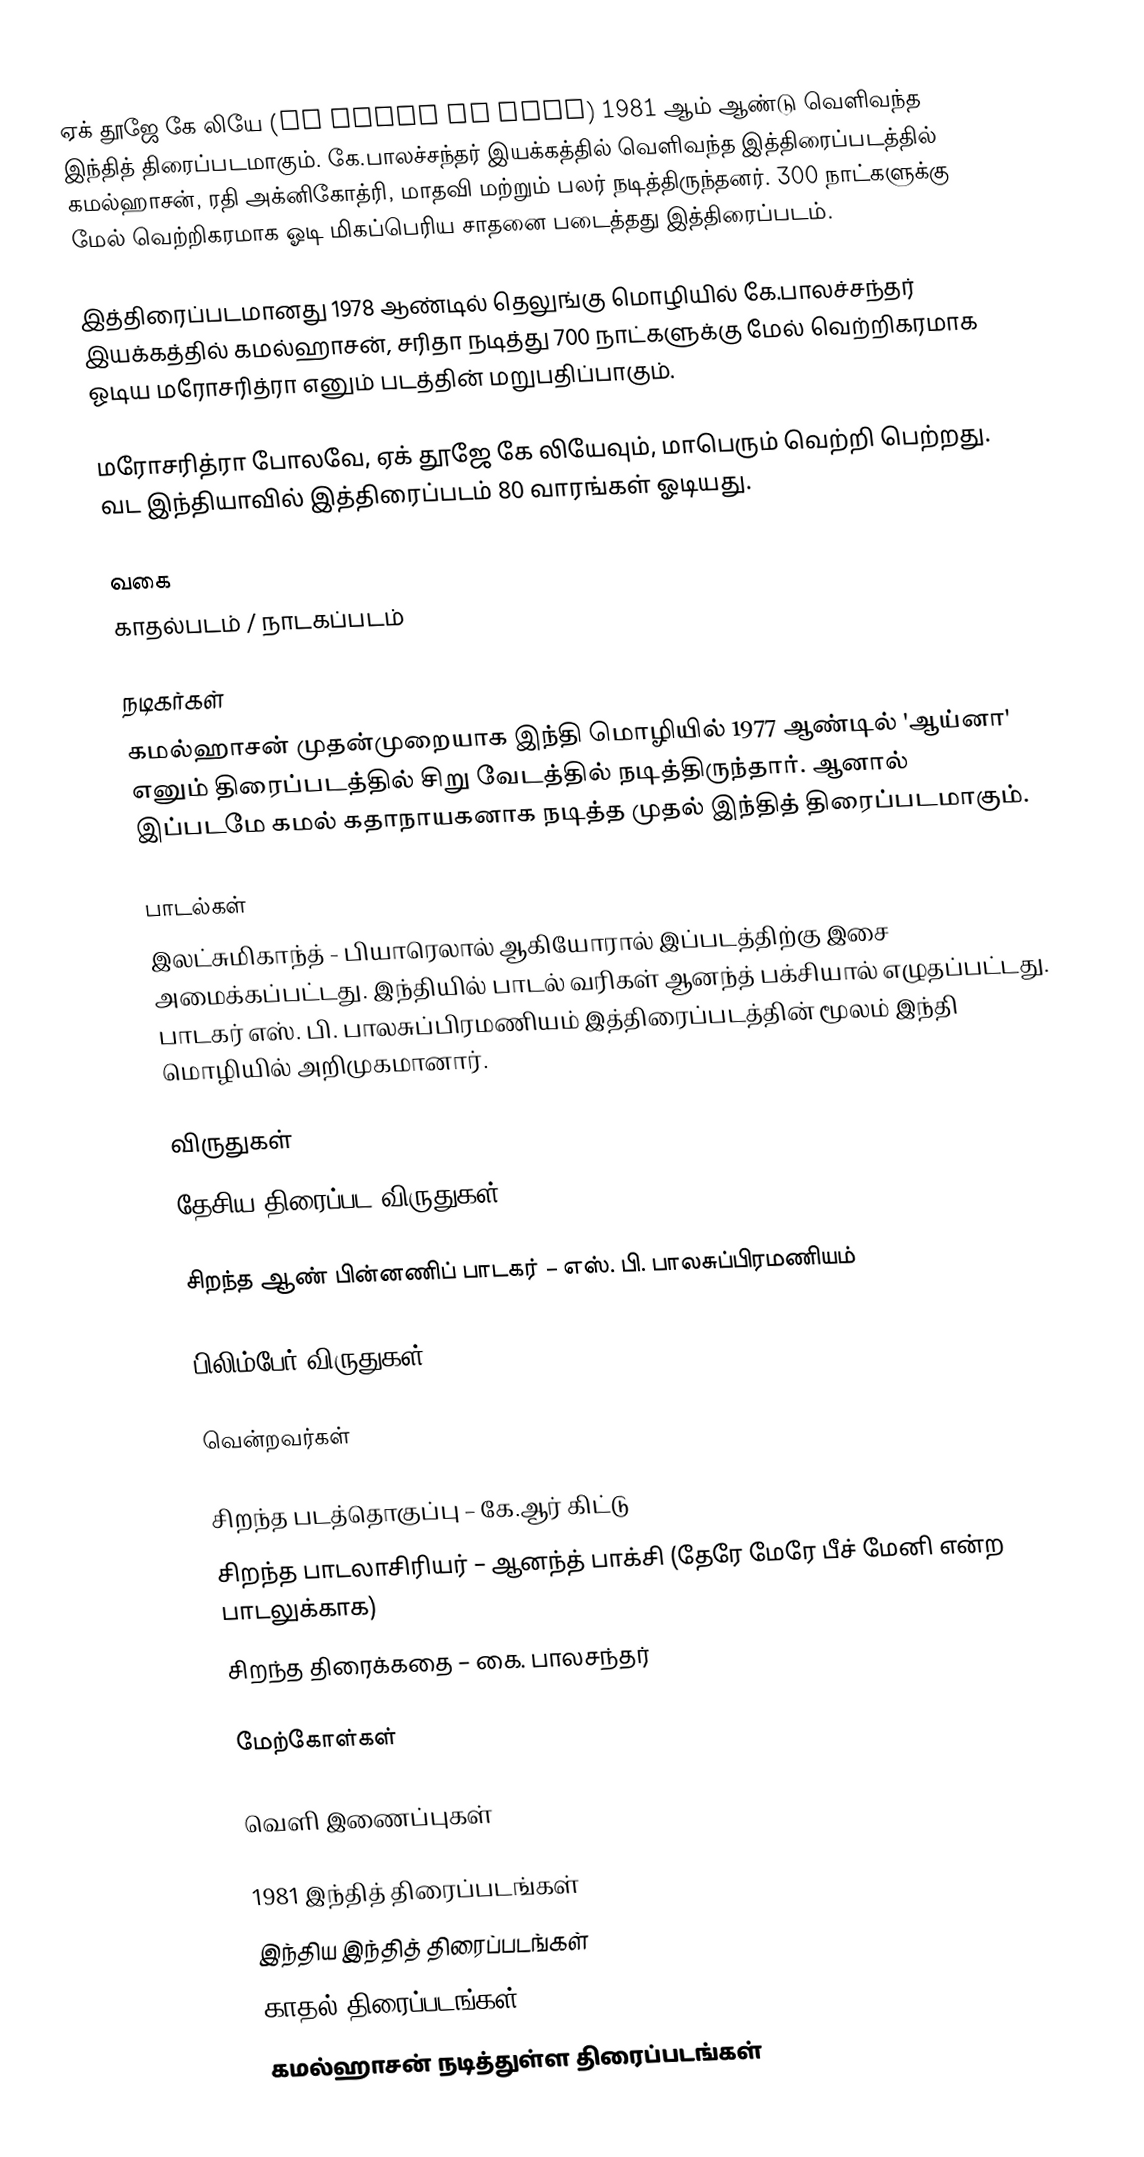
ஏக் தூஜே கே லியே (Ek Duuje Ke Liye) 1981 ஆம் ஆண்டு வெளிவந்த இந்தித் திரைப்படமாகும். கே.பாலச்சந்தர் இயக்கத்தில் வெளிவந்த இத்திரைப்படத்தில் கமல்ஹாசன், ரதி அக்னிகோத்ரி, மாதவி மற்றும் பலர் நடித்திருந்தனர். 300 நாட்களுக்கு மேல் வெற்றிகரமாக ஓடி மிகப்பெரிய சாதனை படைத்தது இத்திரைப்படம்.

இத்திரைப்படமானது 1978 ஆண்டில் தெலுங்கு மொழியில் கே.பாலச்சந்தர் இயக்கத்தில் கமல்ஹாசன், சரிதா நடித்து 700 நாட்களுக்கு  மேல் வெற்றிகரமாக ஓடிய மரோசரித்ரா எனும் படத்தின் மறுபதிப்பாகும்.

மரோசரித்ரா போலவே, ஏக் தூஜே கே லியேவும், மாபெரும் வெற்றி பெற்றது. வட இந்தியாவில் இத்திரைப்படம் 80 வாரங்கள் ஓடியது.

வகை
காதல்படம் / நாடகப்படம்

நடிகர்கள்
கமல்ஹாசன் முதன்முறையாக இந்தி மொழியில் 1977 ஆண்டில் 'ஆய்னா' எனும் திரைப்படத்தில் சிறு வேடத்தில் நடித்திருந்தார். ஆனால் இப்படமே கமல் கதாநாயகனாக நடித்த முதல் இந்தித் திரைப்படமாகும்.

பாடல்கள்
இலட்சுமிகாந்த் - பியாரெலால் ஆகியோரால் இப்படத்திற்கு இசை அமைக்கப்பட்டது. இந்தியில் பாடல் வரிகள் ஆனந்த் பக்சியால் எழுதப்பட்டது. பாடகர் எஸ். பி. பாலசுப்பிரமணியம் இத்திரைப்படத்தின் மூலம் இந்தி மொழியில் அறிமுகமானார்.

விருதுகள்
தேசிய திரைப்பட விருதுகள்

சிறந்த ஆண் பின்னணிப் பாடகர் – எஸ். பி. பாலசுப்பிரமணியம்

பிலிம்பேர் விருதுகள்

வென்றவர்கள்

 சிறந்த படத்தொகுப்பு – கே.ஆர் கிட்டு
 சிறந்த பாடலாசிரியர் – ஆனந்த் பாக்சி (தேரே மேரே பீச் மேனி என்ற பாடலுக்காக)
 சிறந்த திரைக்கதை – கை. பாலசந்தர்

மேற்கோள்கள்

வெளி இணைப்புகள்

1981 இந்தித் திரைப்படங்கள்
இந்திய இந்தித் திரைப்படங்கள்
காதல் திரைப்படங்கள்
கமல்ஹாசன் நடித்துள்ள திரைப்படங்கள்